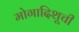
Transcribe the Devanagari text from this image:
मोगादिशूची